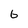
Character: 6